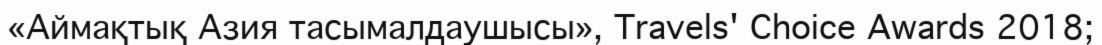
«Аймақтық Азия тасымалдаушысы», Travels' Choice Awards 2018;